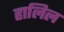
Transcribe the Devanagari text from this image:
हालिल